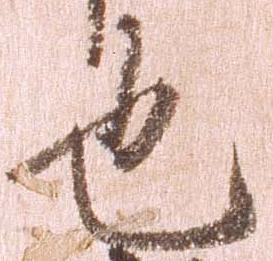
也